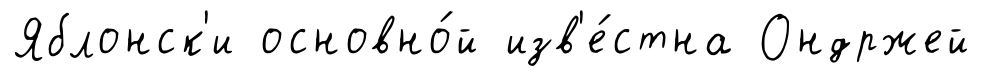
Яблонск'и основно́й изв'е́стна Ондржей